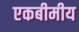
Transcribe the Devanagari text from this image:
एकबीमीय